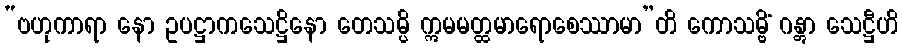
“ဗဟုကာရာ နော ဥပဋ္ဌာကသေဋ္ဌိနော တေသမ္ပိ ဣမမတ္ထမာရောစေဿာမာ”တိ ကောသမ္ဗိံ ဂန္တွာ သေဋ္ဌီဟိ